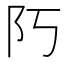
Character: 𨸑